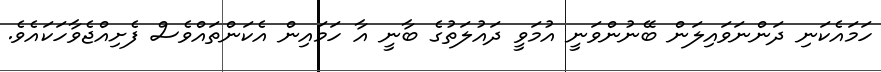
ހަމައެކަނި ދަންނަވައިލަން ބޭނުންވަނީ އުމަވީ ދައުލަތުގެ ބާނީ އާ ހަމައިން އެކަންތައްވެސް ފެށިއްޖެވާހަކައެވެ.